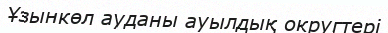
Ұзынкөл ауданы ауылдық округтері